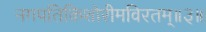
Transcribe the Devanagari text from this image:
नगपतिकिशोरीमविरतम्॥३॥